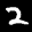
Label: 2